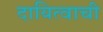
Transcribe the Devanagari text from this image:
दायित्वाची